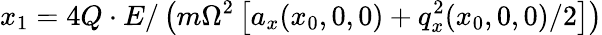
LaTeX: x_{1}=4Q\cdot E/\left(m\Omega^{2}\left[a_{x}(x_{0},0,0)+q_{x}^{2}(x_{0},0,0)/2\right]\right)